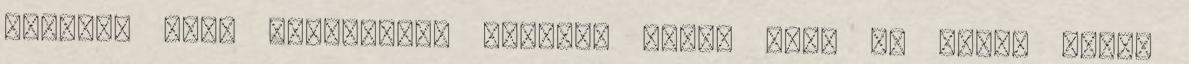
helyet. Noha ugyanolyan magasra nőtt, mint az imént leírt